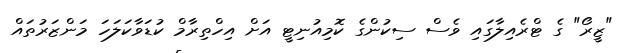
"ޒީރޯ" ގެ ޓްރެއިލާގައި ވެސް ސިކުންގެ ކޮމިއުނިޓީ އަށް އިހްތިރާމް ކުޑަވާކަލަހަ މަންޒަރުތައް